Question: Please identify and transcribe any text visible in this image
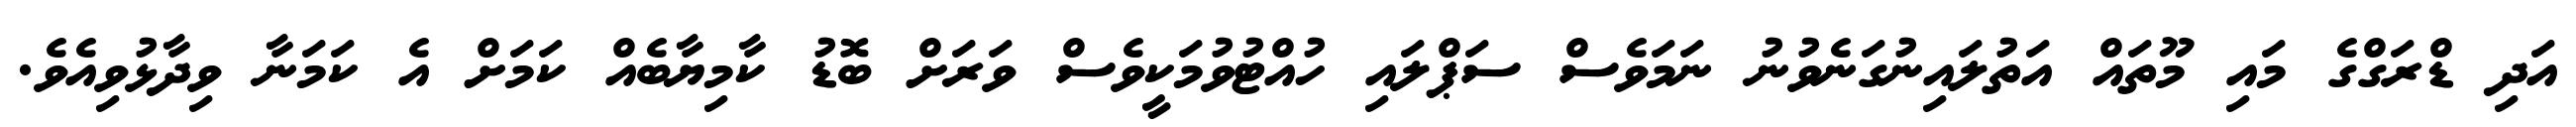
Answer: އަދި ޑްރަގްގެ މައި މޫތައް އަތުލައިނުގަނެވުނު ނަމަވެސް ސަޕްލައި ހުއްޓުވުމަކީވެސް ވަރަށް ބޮޑު ކާމިޔާބެއް ކަމަށް އެ ކަމަނާ ވިދާޅުވިއެވެ.